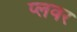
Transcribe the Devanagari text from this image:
प्लवर